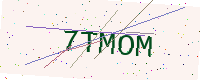
Text: 7TMOM